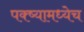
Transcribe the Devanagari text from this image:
पक्ष्यामध्येच